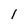
Character: l